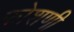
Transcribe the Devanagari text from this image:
फोशणी